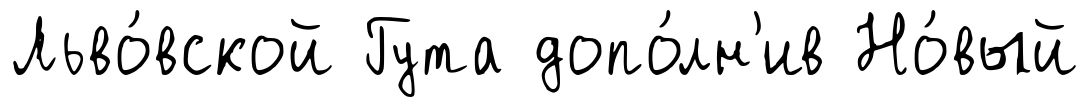
Льво́вской Гута допо́лн'ив Но́вый